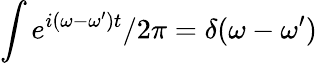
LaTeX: \int e^{i(\omega-\omega^{\prime})t}/2\pi=\delta(\omega-\omega^{\prime})